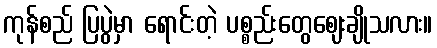
ကုန်စည် ပြပွဲမှာ ရောင်းတဲ့ ပစ္စည်းတွေဈေးချိုသလား။